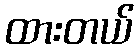
ထားတယ်